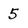
Character: 5